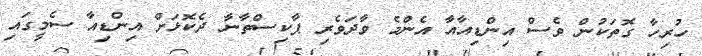
ހުރިހާ ގޮތަކުން ވެސް އިންޑިއާއާ އެންމެ ވާދަވެރި ޕާކިސްތާނާ ދެކޮޅަށް އިންޑިއާ ސެމީގައި